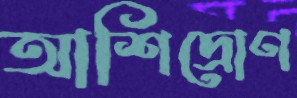
আশিদ্রোণ